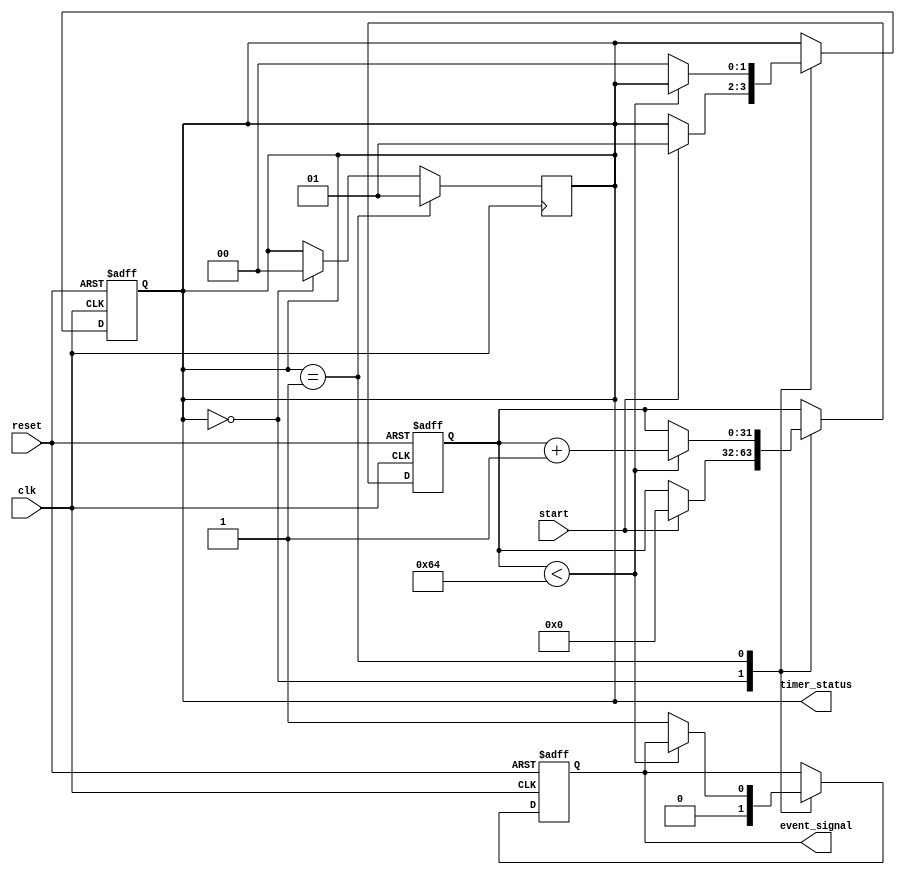
module TimerEventControl #(
    parameter TIME_DURATION = 100 // Time duration for the timer (in simulation time units)
)(
    input wire clk,                // Clock signal
    input wire start,              // Start signal
    input wire reset,              // Reset signal
    output reg event_signal,       // Event signal
    output reg [1:0] timer_status  // Timer status: 00 = stopped, 01 = running, 10 = reset
);

    reg [31:0] timer_count;        // Timer counter

    // Timer state machine
    always @(posedge clk or posedge reset) begin
        if (reset) begin
            timer_count <= 0;       // Reset timer count
            event_signal <= 0;      // De-assert event signal
            timer_status <= 2'b10;  // Set status to reset
        end else begin
            case (timer_status)
                2'b00: begin // Stopped
                    event_signal <= 0; // Ensure event signal is de-asserted
                    if (start) begin
                        timer_count <= 0; // Initialize timer count
                        timer_status <= 2'b01; // Change status to running
                    end
                end
                2'b01: begin // Running
                    if (timer_count < TIME_DURATION) begin
                        timer_count <= timer_count + 1; // Increment timer count
                    end else begin
                        event_signal <= 1; // Assert event signal
                        timer_status <= 2'b00; // Change status to stopped
                    end
                end
            endcase
        end
    end

    // Optional: Timer status update
    always @(posedge clk) begin
        if (timer_status == 2'b01) begin
            timer_status <= 2'b01; // Running
        end else if (timer_status == 2'b00) begin
            timer_status <= 2'b00; // Stopped
        end
    end

endmodule